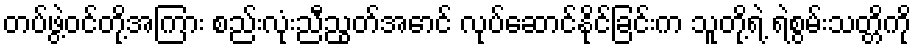
တပ်ဖွဲ့ဝင်တို့အကြား စည်းလုံးညီညွတ်အောင် လုပ်ဆောင်နိုင်ခြင်းက သူတို့ရဲ့ ရဲစွမ်းသတ္တိကို